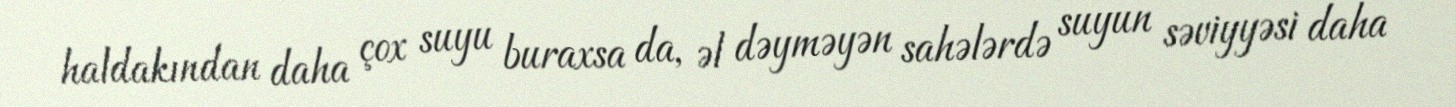
haldakından daha çox suyu buraxsa da, əl dəyməyən sahələrdə suyun səviyyəsi daha